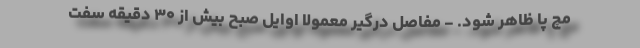
مچ پا ظاهر شود. - مفاصل درگیر معمولا اوایل صبح بیش از ۳۰ دقیقه سفت